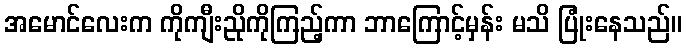
အမောင်လေးက ကိုကျီးညိုကိုကြည့်ကာ ဘာကြောင့်မှန်း မသိ ပြုံးနေသည်။